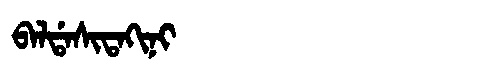
Manchu: ᠪᠠᠯᡩᠠᠰᡳᡨᠠᡴᡳᠨᡳ
Romanization: BALDASITAKINI